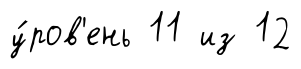
у́ров'ень 11 из 12